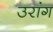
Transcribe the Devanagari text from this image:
उरांग